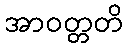
အာဝတ္တတိ